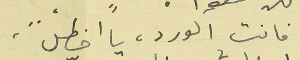
فانت الورد، يا اخطلْ ...